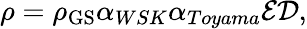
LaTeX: \rho=\rho_{\mathrm{GS}}\alpha_{{WSK}}\alpha_{Toyama}\mathcal{E}\mathcal{D},